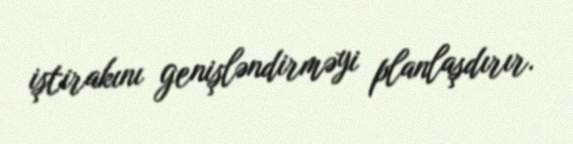
iştirakını genişləndirməyi planlaşdırır.